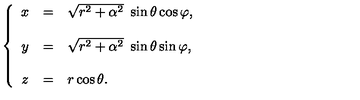
\left\{ \begin{array} { c c l } { x } & { = } & { \sqrt { r ^ { 2 } + \alpha ^ { 2 } } \ \sin { \theta } \cos { \varphi } , } \\ { } & { } & { } \\ { y } & { = } & { \sqrt { r ^ { 2 } + \alpha ^ { 2 } } \ \sin { \theta } \sin { \varphi } , } \\ { } & { } & { } \\ { z } & { = } & { r \cos { \theta } . } \\ \end{array} \right.